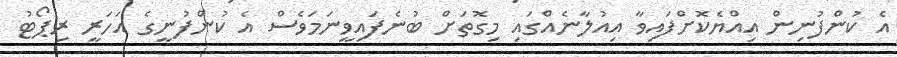
އެ ކުންފުނިން އިއްޔެކޮށްފައިވާ އިއުލާނެއްގައި މިގޮތަށް ބުނެފައިވީނަމަވެސް އެ ކުންފުނީގެ އަހަރީ ރިޕޯޓު